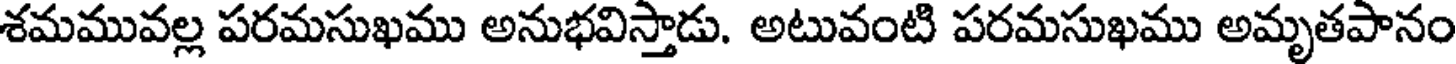
శమమువల్ల పరమసుఖము అనుభవిస్తాడు. అటువంటి పరమసుఖము అమృతపానం